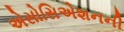
એસોસિએશનની